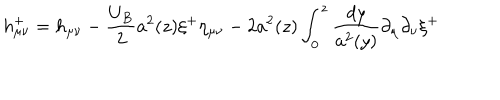
LaTeX: h _ { \mu \nu } ^ { + } = h _ { \mu \nu } - \frac { U _ { B } } { 2 } a ^ { 2 } ( z ) \xi ^ { + } \eta _ { \mu \nu } - 2 a ^ { 2 } ( z ) \int _ { 0 } ^ { z } \frac { d y } { a ^ { 2 } ( y ) } \partial _ { \mu } \partial _ { \nu } \xi ^ { + }